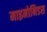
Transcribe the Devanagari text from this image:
माइमोनिडस